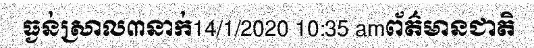
ធ្ងន់ស្រាល៣នាក់14/1/2020 10:35 amព័ត៌មានជាតិ